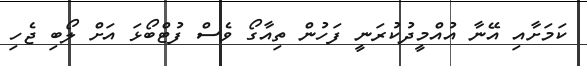
ކަމަށާއި އޭނާ އުއްމީދުކުރަނީ ފަހުން ތިއާގޯ ވެސް ފުޓްބޯޅަ އަށް ލޯބި ޖެހި